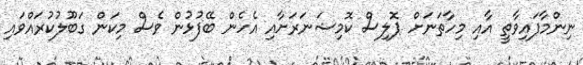
ނިންމާފައިވާތީ އާއި މިހާތަނަށް ޕޮލިސް ކޮމިޝަނަރަށާއި އެހެން ބޭފުޅުން ވެސް މިކަން ގަބޫލުކުރައްވައި